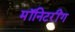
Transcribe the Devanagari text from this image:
मॉनिटरींग